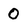
Character: 0